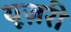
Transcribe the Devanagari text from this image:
यूज़री